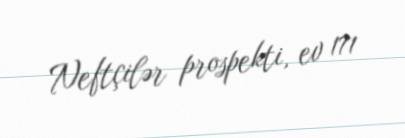
Neftçilər prospekti, ev 171